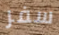
سفر